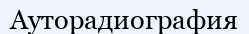
Ауторадиография